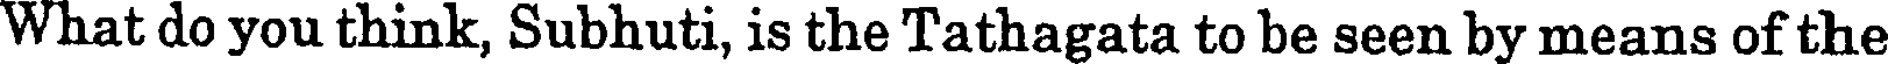
What do you think, Subhuti, is the Tathagata to be seen by means of the